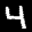
Label: 4